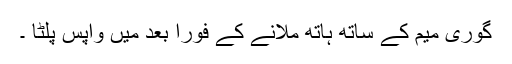
گوری میم کے ساتھ ہاتھ ملانے کے فوراً بعد میں واپس پلٹا ۔